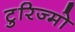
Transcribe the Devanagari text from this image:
टुरिज्मो